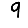
Digit: 9